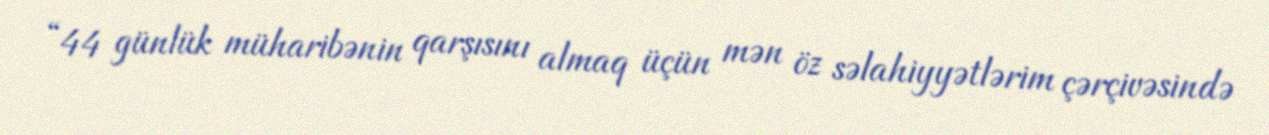
“44 günlük müharibənin qarşısını almaq üçün mən öz səlahiyyətlərim çərçivəsində